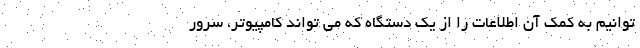
توانیم به کمک آن اطلاعات را از یک دستگاه که می تواند کامپیوتر، سرور